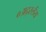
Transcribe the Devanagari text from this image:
०अर्द्स्लेय